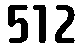
512